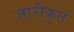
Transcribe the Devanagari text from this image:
जारीकृत